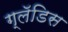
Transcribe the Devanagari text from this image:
ग्लॅडिस